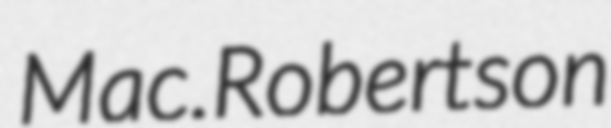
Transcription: Mac.Robertson